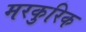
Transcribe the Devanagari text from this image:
मरकुरिक